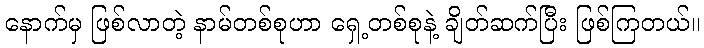
နောက်မှ ဖြစ်လာတဲ့ နာမ်တစ်စုဟာ ရှေ့တစ်စုနဲ့ ချိတ်ဆက်ပြီး ဖြစ်ကြတယ်။